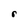
Character: r